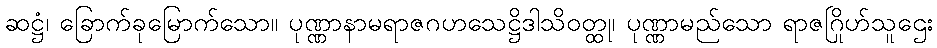
ဆဋ္ဌံ၊ ခြောက်ခုမြောက်သော။ ပုဏ္ဏာနာမရာဇဂဟသေဋ္ဌိဒါသိဝတ္ထု၊ ပုဏ္ဏာမည်သော ရာဇဂြိုဟ်သူဌေး